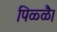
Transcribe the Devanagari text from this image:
पिळ्ळै।